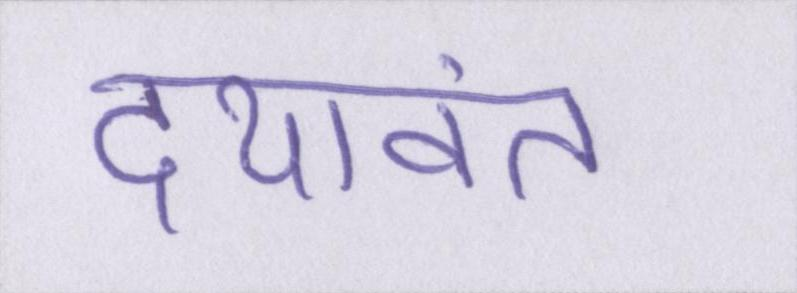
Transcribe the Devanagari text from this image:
दयावंत